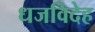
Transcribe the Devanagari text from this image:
धजविदेह